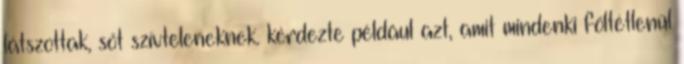
látszottak, sőt szívteleneknek. kérdezte például azt, amit mindenki föltétlenül